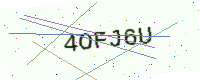
Text: 4OFJ6U